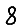
Digit: 8